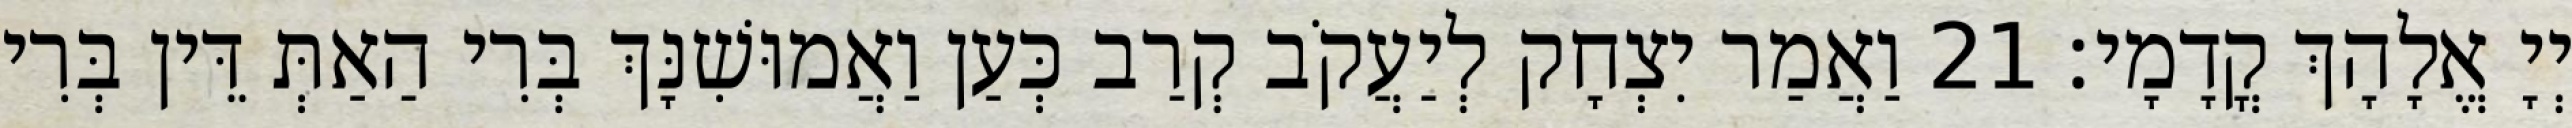
יְיָ אֱלָהָךְ קֳדָמָי׃ 21 וַאֲמַר יִצְחָק לְיַעֲקֹב קְרַב כְּעַן וַאֲמוּשִׁנָּךְ בְּרִי הַאַתְּ דֵּין בְּרִי